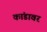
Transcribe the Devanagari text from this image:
कांडावर